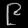
Digit: ၉